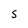
Character: s